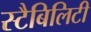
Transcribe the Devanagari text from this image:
स्टैबिलिटी